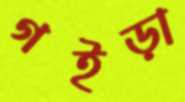
গইড়া